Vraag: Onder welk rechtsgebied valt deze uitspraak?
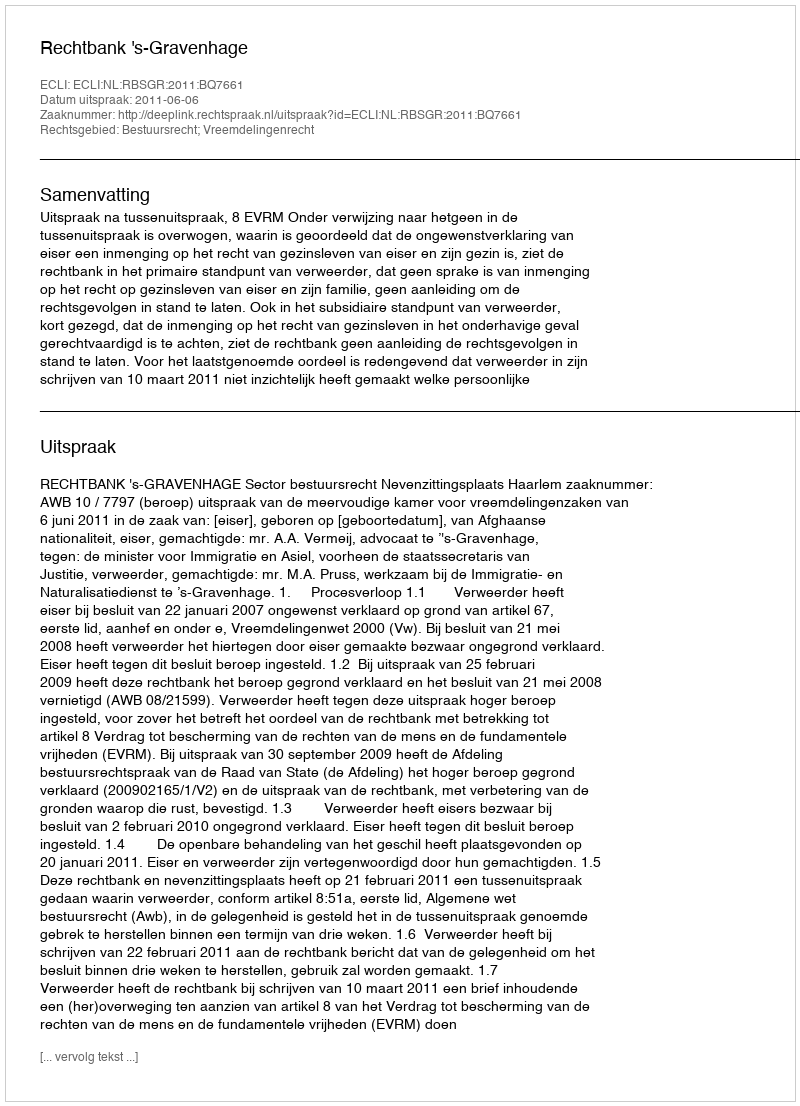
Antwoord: Bestuursrecht; Vreemdelingenrecht